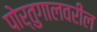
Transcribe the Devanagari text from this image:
पोर्तुगालवरील